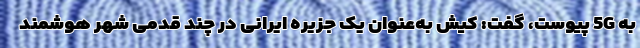
به 5G پیوست، گفت: کیش به‌عنوان یک جزیره ایرانی در چند قدمی شهر هوشمند